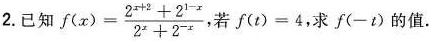
2.已知$$f ( x ) = \frac { 2 ^ { x + 2 } + 2 ^ { 1 - x } } { 2 ^ { x } + 2 ^ { - x } }$$，若$$f ( - t ) = 4$$，求$$f ( - t )$$的值.